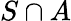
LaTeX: S\cap A